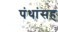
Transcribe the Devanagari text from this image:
पंथांसह